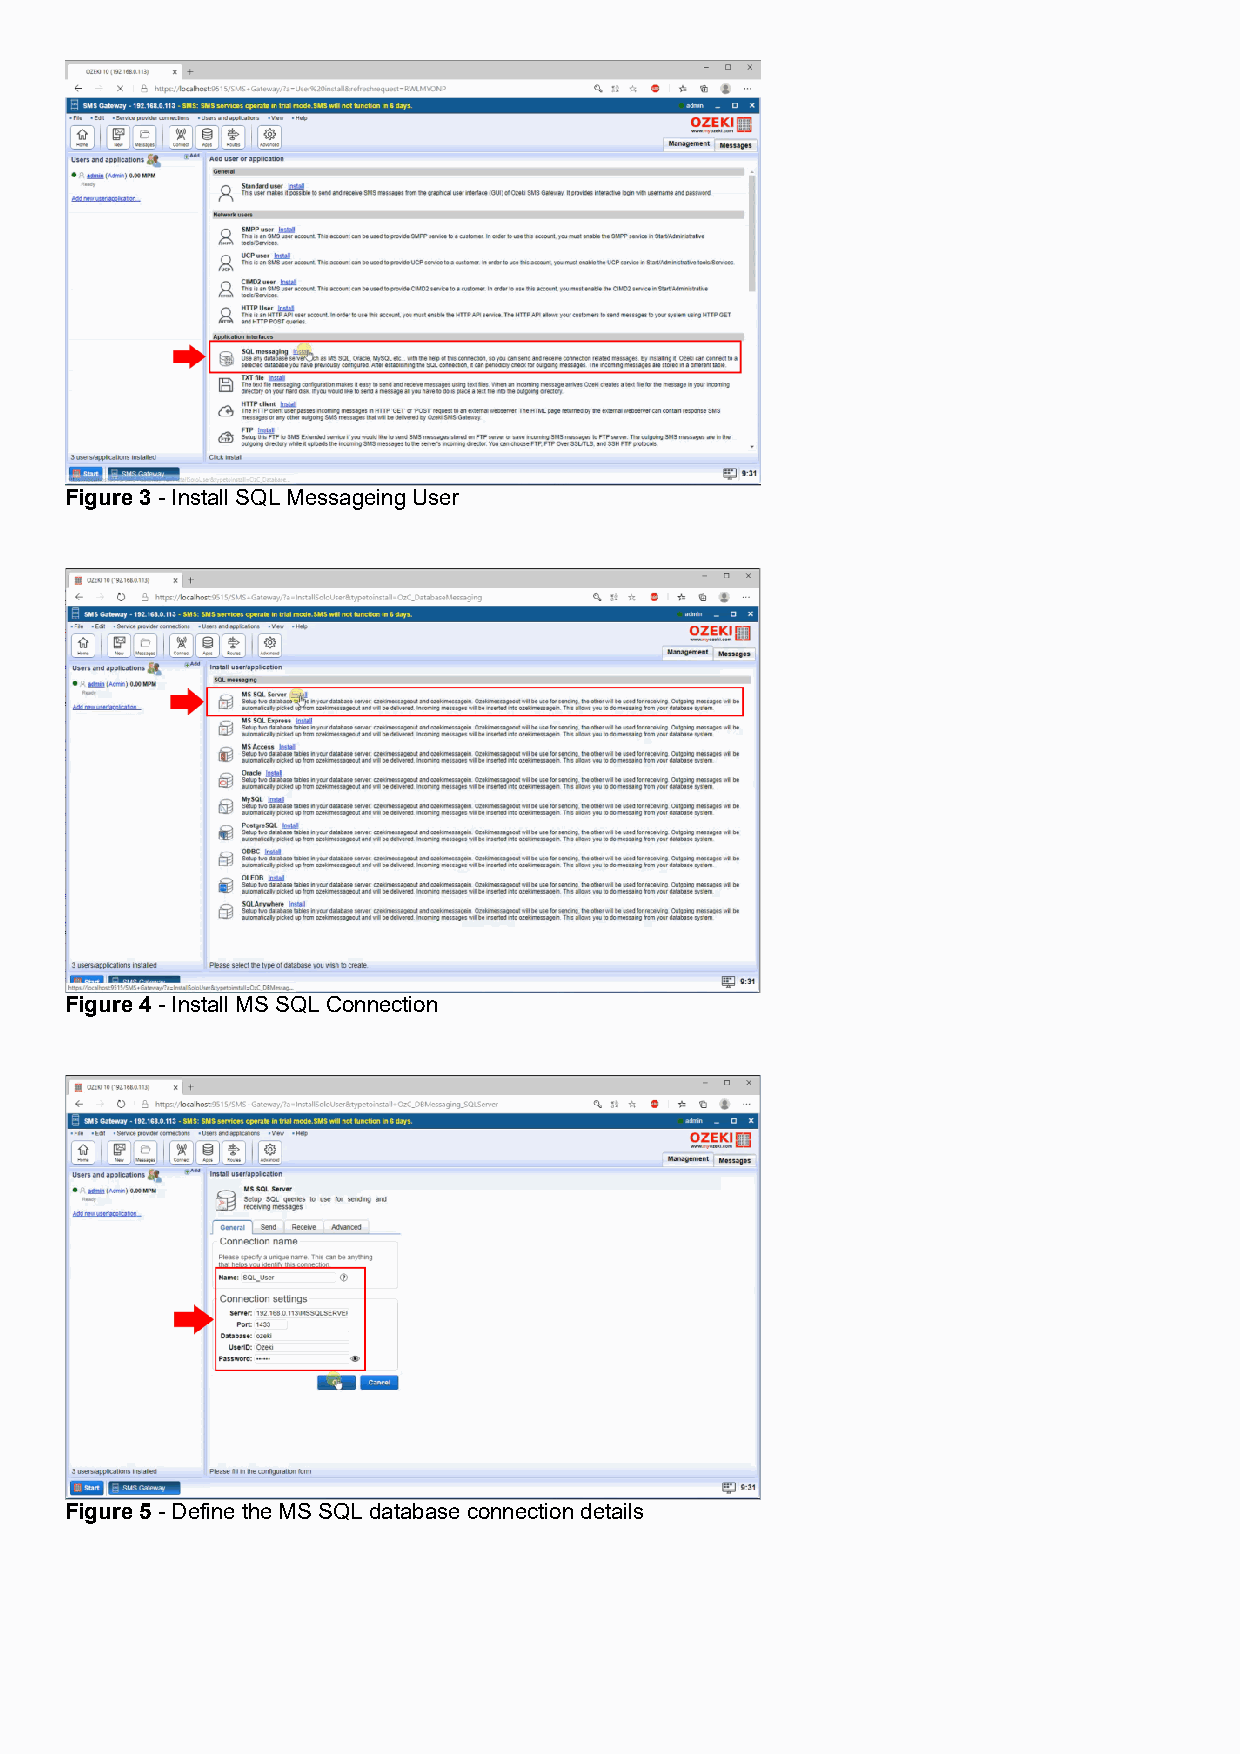
Figure 3 - Install SQL Messageing User
 Figure 4 - Install MS SQL Connection
 Figure 5 - Define the MS SQL database connection details